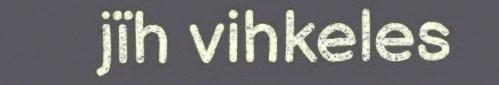
jïh vihkeles